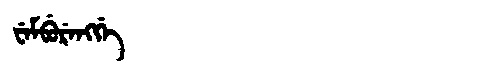
Manchu: ᠸᡝᠮᠪᡠᡵᡝᠩᡤᡝ
Romanization: WEMBURENGGE